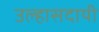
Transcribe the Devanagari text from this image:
उल्हासदायी